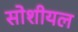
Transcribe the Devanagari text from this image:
सोशीयल